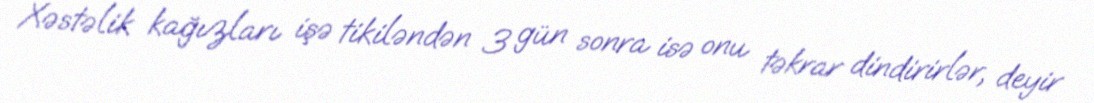
Xəstəlik kağızları işə tikiləndən 3 gün sonra isə onu təkrar dindirirlər, deyir